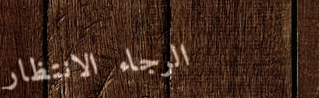
الرجاء الانتظار